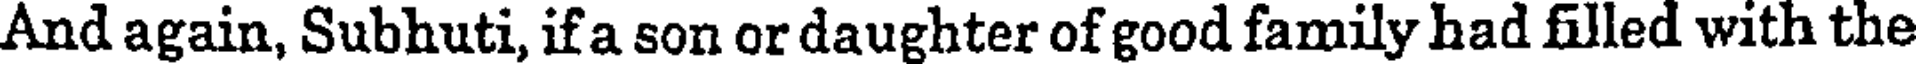
And again, Subhuti, if a son or daughter of good family had filled with the